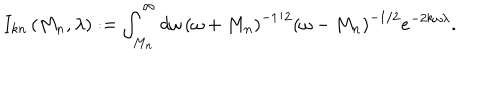
I _ { k n } \left( M _ { n } , \lambda \right) : = \int _ { M _ { n } } ^ { \infty } d \omega \, \left( \omega + M _ { n } \right) ^ { - 1 / 2 } \left( \omega - M _ { n } \right) ^ { - 1 / 2 } e ^ { - 2 k \omega \lambda } .